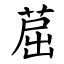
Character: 䓛